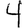
Digit: 4